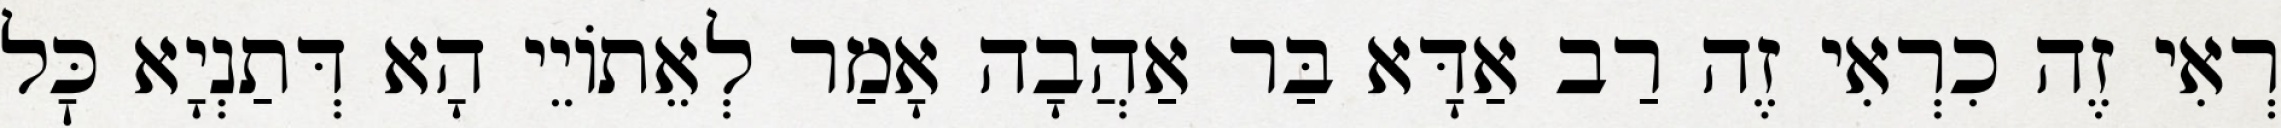
רְאִי זֶה כִרְאִי זֶה רַב אַדָּא בַּר אַהֲבָה אָמַר לְאֵתוֹיֵי הָא דְּתַנְיָא כׇּל